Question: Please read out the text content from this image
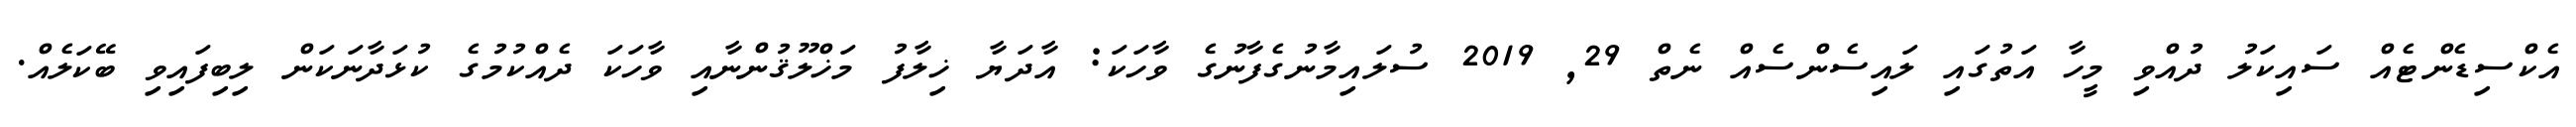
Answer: އެކްސިޑެންޓެއް ސައިކަލު ދުއްވި މީހާ އަތުގައި ލައިސެންސެއް ނެތް 29, 2019 ސުލައިމާނުގެފާނުގެ ވާހަކަ: އާދަޔާ ޚިލާފު މަޚްލޫޤުންނާއި ވާހަކަ ދެއްކުމުގެ ކުޅަދާނަކަން ލިބިފައިވި ބޭކަލެއް.